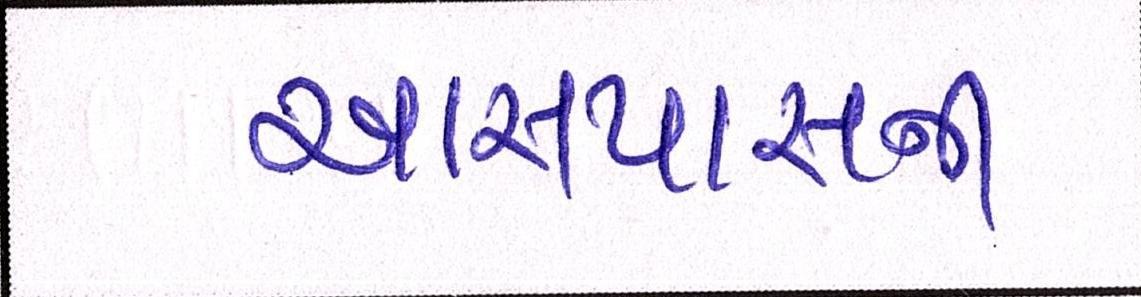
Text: આસપાસની